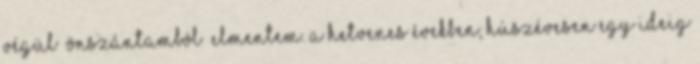
Végül „önszántamból” elmentem. A hetvenes években, húszévesen egy ideig